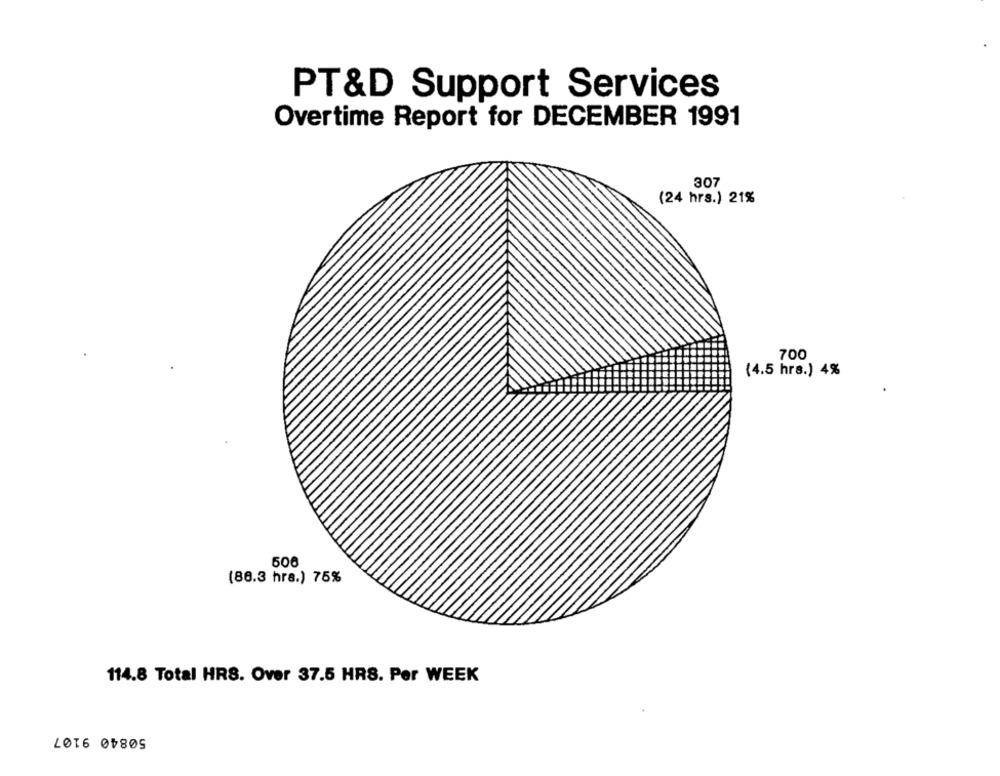
PT&D Support Services
Overtime Report for DECEMBER 1991
307
(24 hrs.) 21%
700
(4.5 hrs.) 4%
506
(86.3 hrs.) 75%
114.8 Total HRS. Over 37.5 HRS. Per WEEK
50840 9107